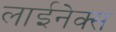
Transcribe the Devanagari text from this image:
लाईनेक्स